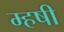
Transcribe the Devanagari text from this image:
म्हषी